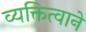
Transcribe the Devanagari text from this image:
व्यक्तित्वाने